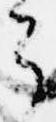
了